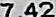
7.42